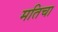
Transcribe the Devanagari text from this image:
मतिचा